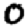
Digit: 0